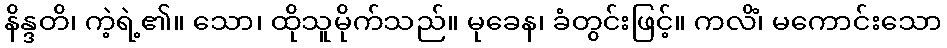
နိန္ဒတိ၊ ကဲ့ရဲ့၏။ သော၊ ထိုသူမိုက်သည်။ မုခေန၊ ခံတွင်းဖြင့်။ ကလိံ၊ မကောင်းသော